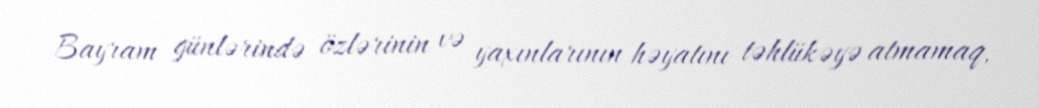
Bayram günlərində özlərinin və yaxınlarının həyatını təhlükəyə atmamaq,